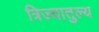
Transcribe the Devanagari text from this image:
त्रिज्यातुल्य